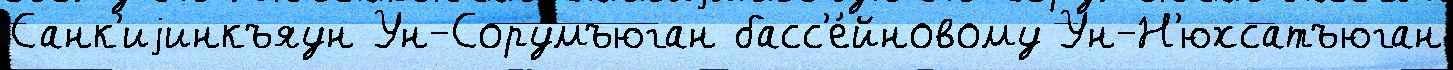
Санк'иjинкъяун Ун-Сорумъюган басс'е́йновому Ун-Н'юхсатъюган